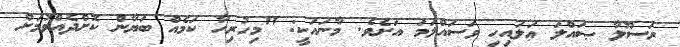
ރަސޫލާ ޞައްލަ ޢަލައިހި ވަސައްލަމަ އަށެވެ. މާނައަކީ: "މިހުރިހާ ކަމެއް ބަޔާން ކޮށްދެއްވުމަށް